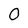
Character: 0